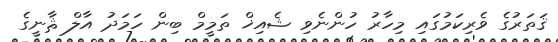
ޤަތަރުގެ ވެރިކަމުގައި މިހާރު ހުންނެވި ޝެއިޚް ތަމީމް ބިން ހަމަދު އާލް ޘާނީގެ